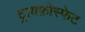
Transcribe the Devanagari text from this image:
ट्रायफ़ोस्फेट